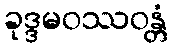
ခုဒ္ဒမဝဿဝန္တံ